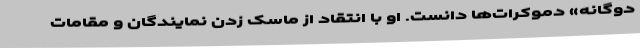
دوگانه» دموکرات‌ها دانست. او با انتقاد از ماسک زدن نمایندگان و مقامات